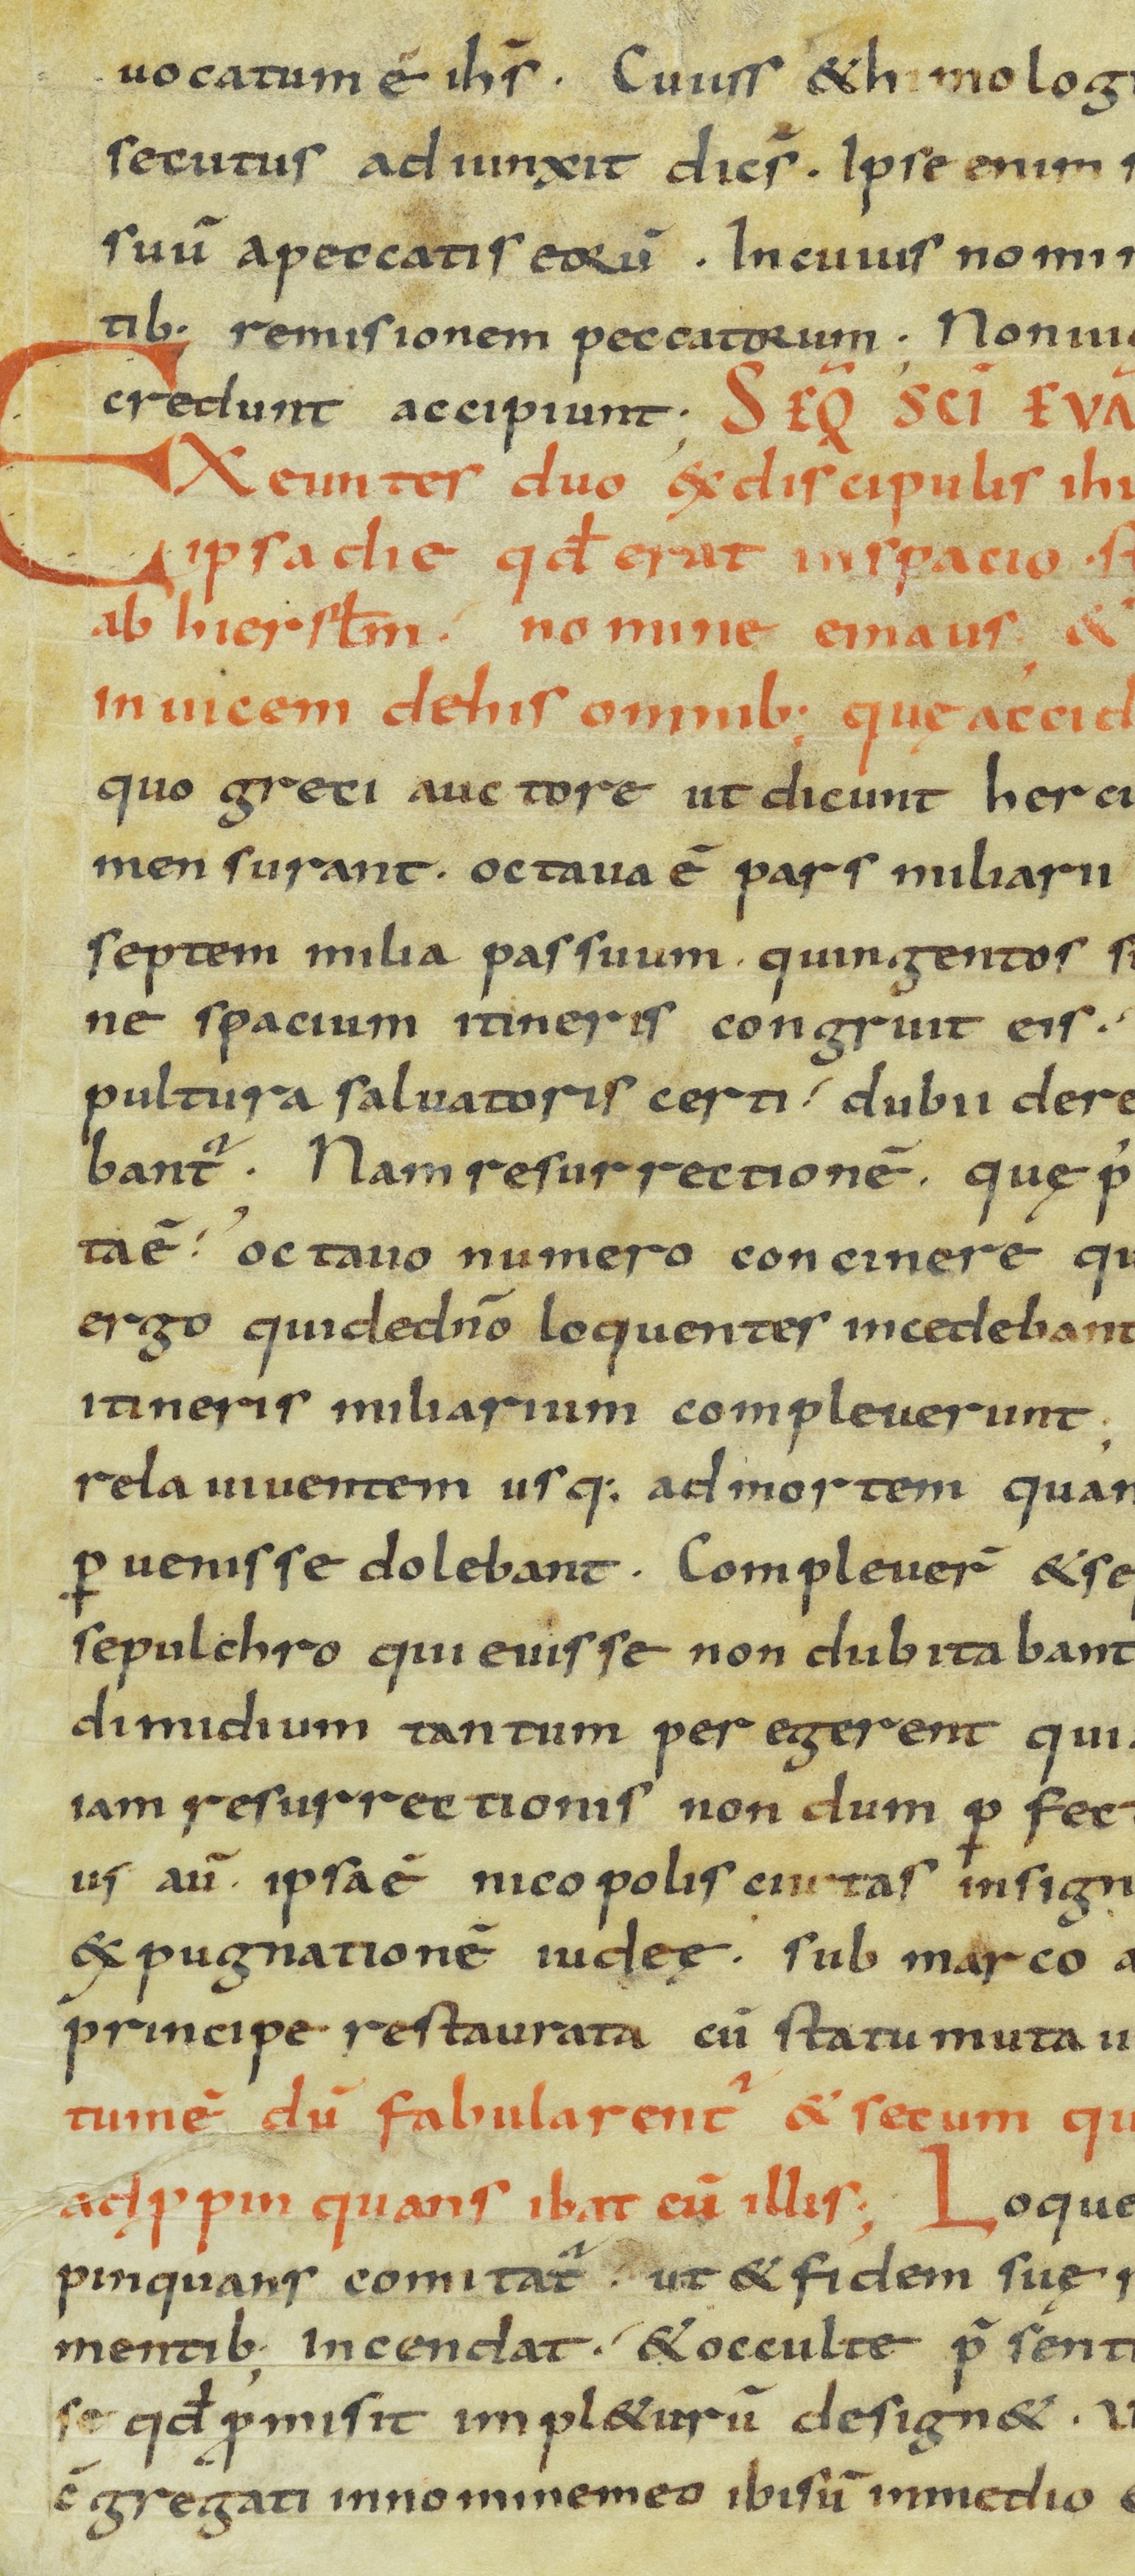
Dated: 800–899